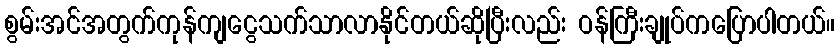
စွမ်းအင်အတွက်ကုန်ကျငွေသက်သာလာနိုင်တယ်ဆိုပြီးလည်း ဝန်ကြီးချုပ်ကပြောပါတယ်။